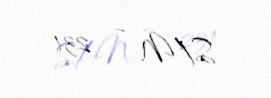
S/N — 231